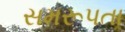
સમરૂપતા